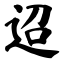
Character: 迢